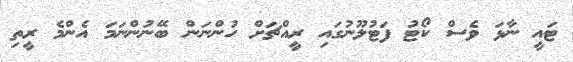
ޓައީ ނާޅަ ވެސް ކޯޓު ފަޓުލޫނުގައި ރީއްޗަށް ހުންނަން ބޭނުންނަމަ އެންމެ ރީތި